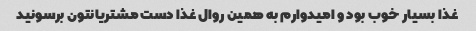
غذا بسیار خوب بود و امیدوارم به همین روال غذا دست مشتریانتون برسونید